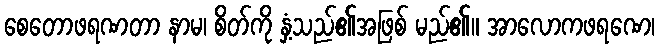
စေတောဖရဏတာ နာမ၊ စိတ်ကို နှံ့သည်၏အဖြစ် မည်၏။ အာလောကဖရဏေ၊